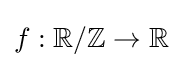
f:{\mathbb {R} /\mathbb {Z} }\to \mathbb {R}